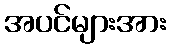
အပင်များအား